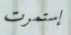
إستمرت